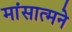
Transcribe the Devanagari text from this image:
मांसात्मने